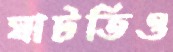
ঘাটতিও